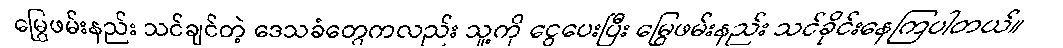
မြွေဖမ်းနည်း သင်ချင်တဲ့ ဒေသခံတွေကလည်း သူ့ကို ငွေပေးပြီး မြွေဖမ်းနည်း သင်ခိုင်းနေကြပါတယ်။